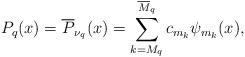
LaTeX: \begin{align*}P_q(x)=\overline{P}_{\nu_q}(x)=\sum_{k=M_q}^{\overline{M}_q}c_{m_k}\psi_{m_k}(x),\end{align*}